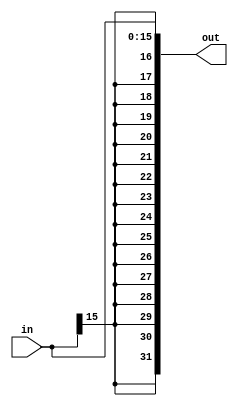
`timescale 1ns/100ps

module SignExtend(in, out);
  input [15:0] in;
  output [31:0] out;

  assign out = {{16{in[15]}}, in};

endmodule